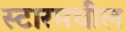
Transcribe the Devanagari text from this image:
स्टारमधील